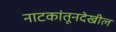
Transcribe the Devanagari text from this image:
नाटकांतूनदेखील